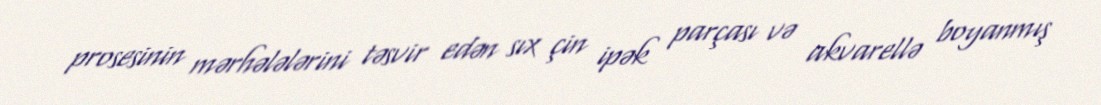
prosesinin mərhələlərini təsvir edən sıx çin ipək parçası və akvarellə boyanmış